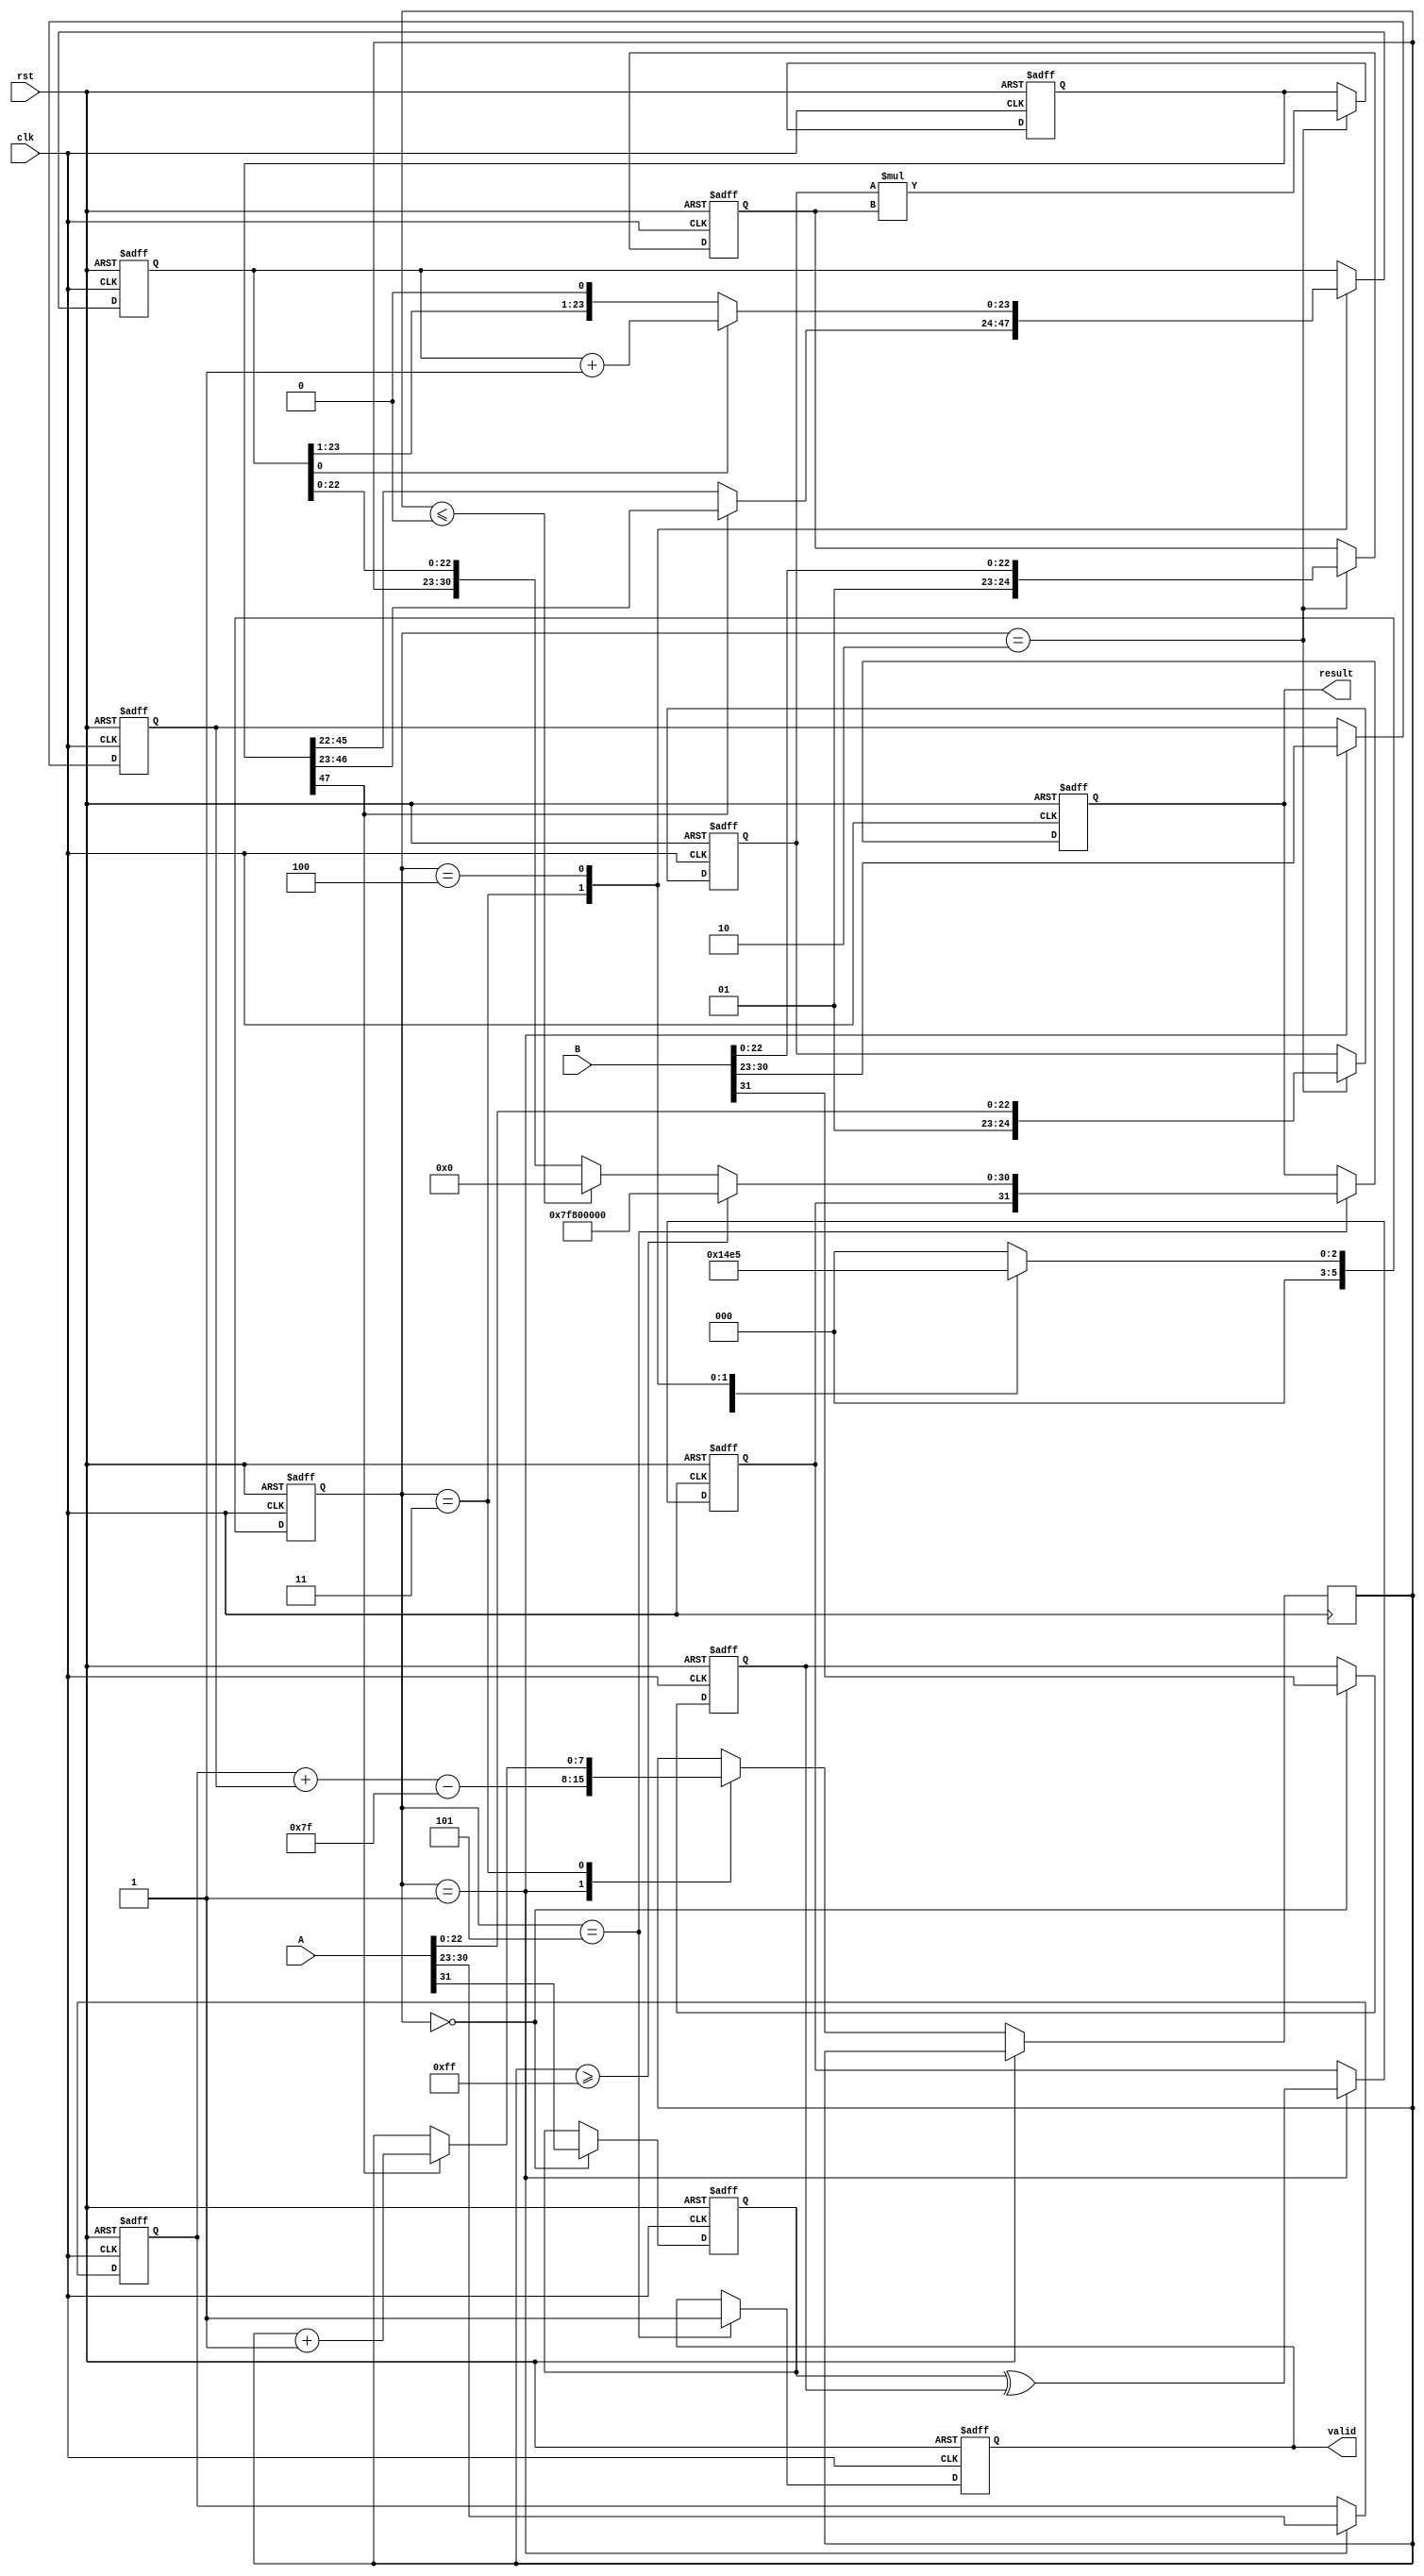
module fp_multiplier (
    input wire clk,
    input wire rst,
    input wire [31:0] A,  // First floating-point input
    input wire [31:0] B,  // Second floating-point input
    output reg [31:0] result, // Resulting floating-point output
    output reg valid // Output valid signal
);

    // Pipeline Registers
    reg sign_a, sign_b;
    reg [7:0] exp_a, exp_b, exp_result;
    reg [24:0] mant_a, mant_b, mant_product; // 24 bits for mantissas with implicit 1
    reg [47:0] mant_mult; // 48-bit product of mantissas
    reg [7:0] exp_temp;
    reg [23:0] mant_normalized; // Normalized mantissa
    reg sign_result;
    reg [5:0] stage; // Pipeline stage control

    // Constants
    localparam BIAS = 8'd127;

    always @(posedge clk or posedge rst) begin
        if (rst) begin
            // Reset all registers
            sign_a <= 0; sign_b <= 0;
            exp_a <= 0; exp_b <= 0; exp_result <= 0;
            mant_a <= 0; mant_b <= 0; mant_product <= 0;
            mant_mult <= 0; mant_normalized <= 0;
            sign_result <= 0;
            result <= 0;
            valid <= 0;
            stage <= 0;
        end else begin
            case (stage)
                0: begin // Stage 1: Sign Extraction
                    sign_a <= A[31];
                    sign_b <= B[31];
                    stage <= 1;
                end
                1: begin // Stage 2: Exponent Extraction
                    exp_a <= A[30:23];
                    exp_b <= B[30:23];
                    exp_temp <= exp_a + exp_b - BIAS; // Add exponents and subtract bias
                    sign_result <= sign_a ^ sign_b; // Determine the sign of the result
                    stage <= 2;
                end
                2: begin // Stage 3: Mantissa Extraction and Multiplication
                    mant_a <= {1'b1, A[22:0]}; // Normalize mantissa A
                    mant_b <= {1'b1, B[22:0]}; // Normalize mantissa B
                    mant_mult <= mant_a * mant_b; // Multiply mantissas
                    stage <= 3;
                end
                3: begin // Stage 4: Normalize Mantissa
                    // Normalization logic here
                    // Example: Check if mant_mult[47] is 1 for normalization
                    if (mant_mult[47]) begin
                        mant_normalized <= mant_mult[46:23]; // Shift right
                        exp_temp <= exp_temp + 1; // Adjust exponent
                    end else begin
                        mant_normalized <= mant_mult[45:22]; // No shift
                    end
                    stage <= 4;
                end
                4: begin // Stage 5: Rounding
                    // Rounding logic here
                    // Example: Simple rounding to nearest
                    if (mant_normalized[0]) begin // Check LSB for rounding
                        mant_normalized <= mant_normalized + 1;
                    end
                    stage <= 5;
                end
                5: begin // Stage 6: Assemble Final Result
                    // Handle overflow/underflow cases
                    if (exp_temp >= 8'd255) begin
                        // Set to infinity
                        result <= {sign_result, 8'hFF, 23'b0}; // Infinity
                    end else if (exp_temp <= 0) begin
                        // Handle underflow
                        result <= {sign_result, 8'b0, 23'b0}; // Zero
                    end else begin
                        result <= {sign_result, exp_temp[7:0], mant_normalized[22:0]};
                    end
                    valid <= 1; // Set valid signal
                    stage <= 0; // Reset stage
                end
                default: stage <= 0; // Safety net
            endcase
        end
    end
endmodule